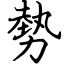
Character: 勢